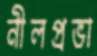
নীলপ্রভা